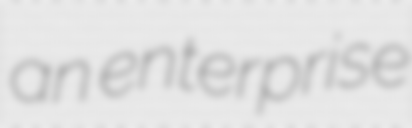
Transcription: an enterprise